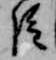
臣